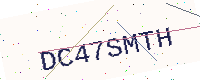
Text: DC47SMTH